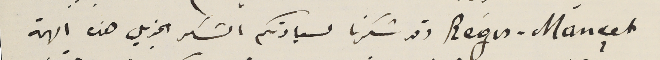
Régis - Mançet وقد شكرنا لسيادتكم الشكر الجزيل هذه الهمة